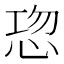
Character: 𭜹